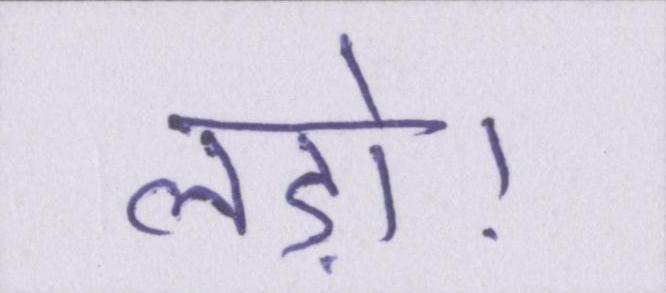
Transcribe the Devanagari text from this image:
लड़ो।